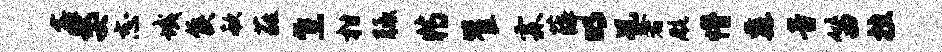
鑫嫠志域侯欷蕤焦柑胝特瞿霖薛明况奢航懵纛音笛挫